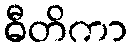
ဓီတိကာ